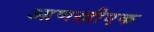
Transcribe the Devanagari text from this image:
आणखीएक